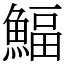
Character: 鰏